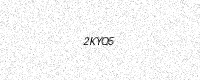
Text: 2KYQ5